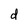
Character: d